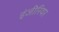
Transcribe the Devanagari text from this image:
इंजीरियर